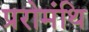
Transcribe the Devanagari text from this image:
प्ररोमंथि